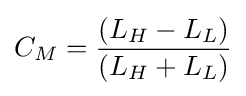
C_{M}={\frac {(L_{H}-L_{L})}{(L_{H}+L_{L})}}